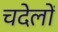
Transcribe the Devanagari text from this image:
चदेलों